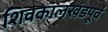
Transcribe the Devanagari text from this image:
शिवकालखंडपूर्व